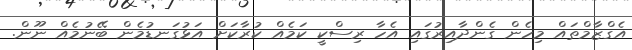
އެގްޒާމްތައް މިހެން ގެންދާއިރުގައި އެހާ ރިސްކީ ކަމެއް ކުރާކަށް އަޅުގަނޑުމެން ބޭނުމެއް ނޫން.